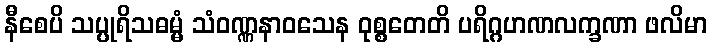
နီစေပိ သပ္ပုရိသဓမ္မံ သံဝဏ္ဏနာဝသေန ဝုစ္စတေတိ ပရိဂ္ဂဟဏလက္ခဏာ ဖလိမာ